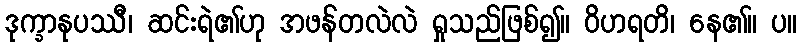
ဒုက္ခာနုပဿီ၊ ဆင်းရဲ၏ဟု အဖန်တလဲလဲ ရှုသည်ဖြစ်၍။ ဝိဟရတိ၊ နေ၏။ ပ။